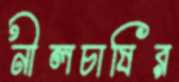
নীলচাষির